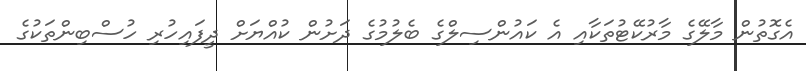
އެގޮތުން މާލޭގެ މާރުކޭޓުތަކާއި އެ ކައުންސިލްގެ ބެލުމުގެ ދަށުން ކުއްޔަށް ދީފައިހުރި ހުސްބިންތަކުގެ